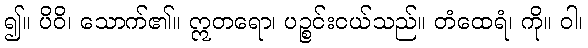
၍။ ပိဝိ၊ သောက်၏။ ဣတရော၊ ပဉ္စင်းငယ်သည်။ တံထေရံ၊ ကို။ ဝါ၊